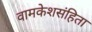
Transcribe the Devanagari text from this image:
वामकेशसंहिता